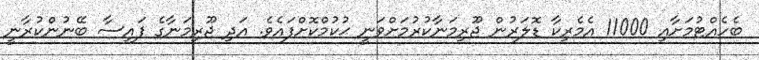
ބެހެއްޓުމަށާއި 11000 އެމެރިކާ ޑޮލަރުން ޖޫރިމަނާކުރުމަށްވަނީ ޙުކުމްކޮށްފައެވެ. އަދި ޖޫރިމަނާގެ ފައިސާ ބޭނުންކުރާނީ